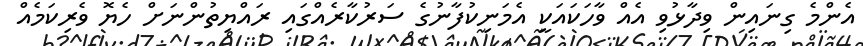
އެންމެ ގިނައިން ވިދާޅުވި އެއް ވާހަކައަކީ އެމަނިކުފާނުގެ ސަރުކާރެއްގައި ރައްޔިތުންނަށް ހެޔޮ ވެރިކަމެއް